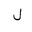
Letter: _lam